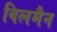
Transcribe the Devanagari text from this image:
विलमैन